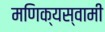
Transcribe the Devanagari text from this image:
मणिक्यस्वामी